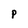
Character: P